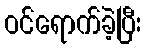
ဝင်ရောက်ခဲ့ပြီး